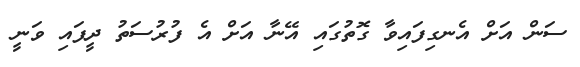
ސަން އަށް އެނގިފައިވާ ގޮތުގައި އޭނާ އަށް އެ ފުރުސަތު ދީފައި ވަނީ